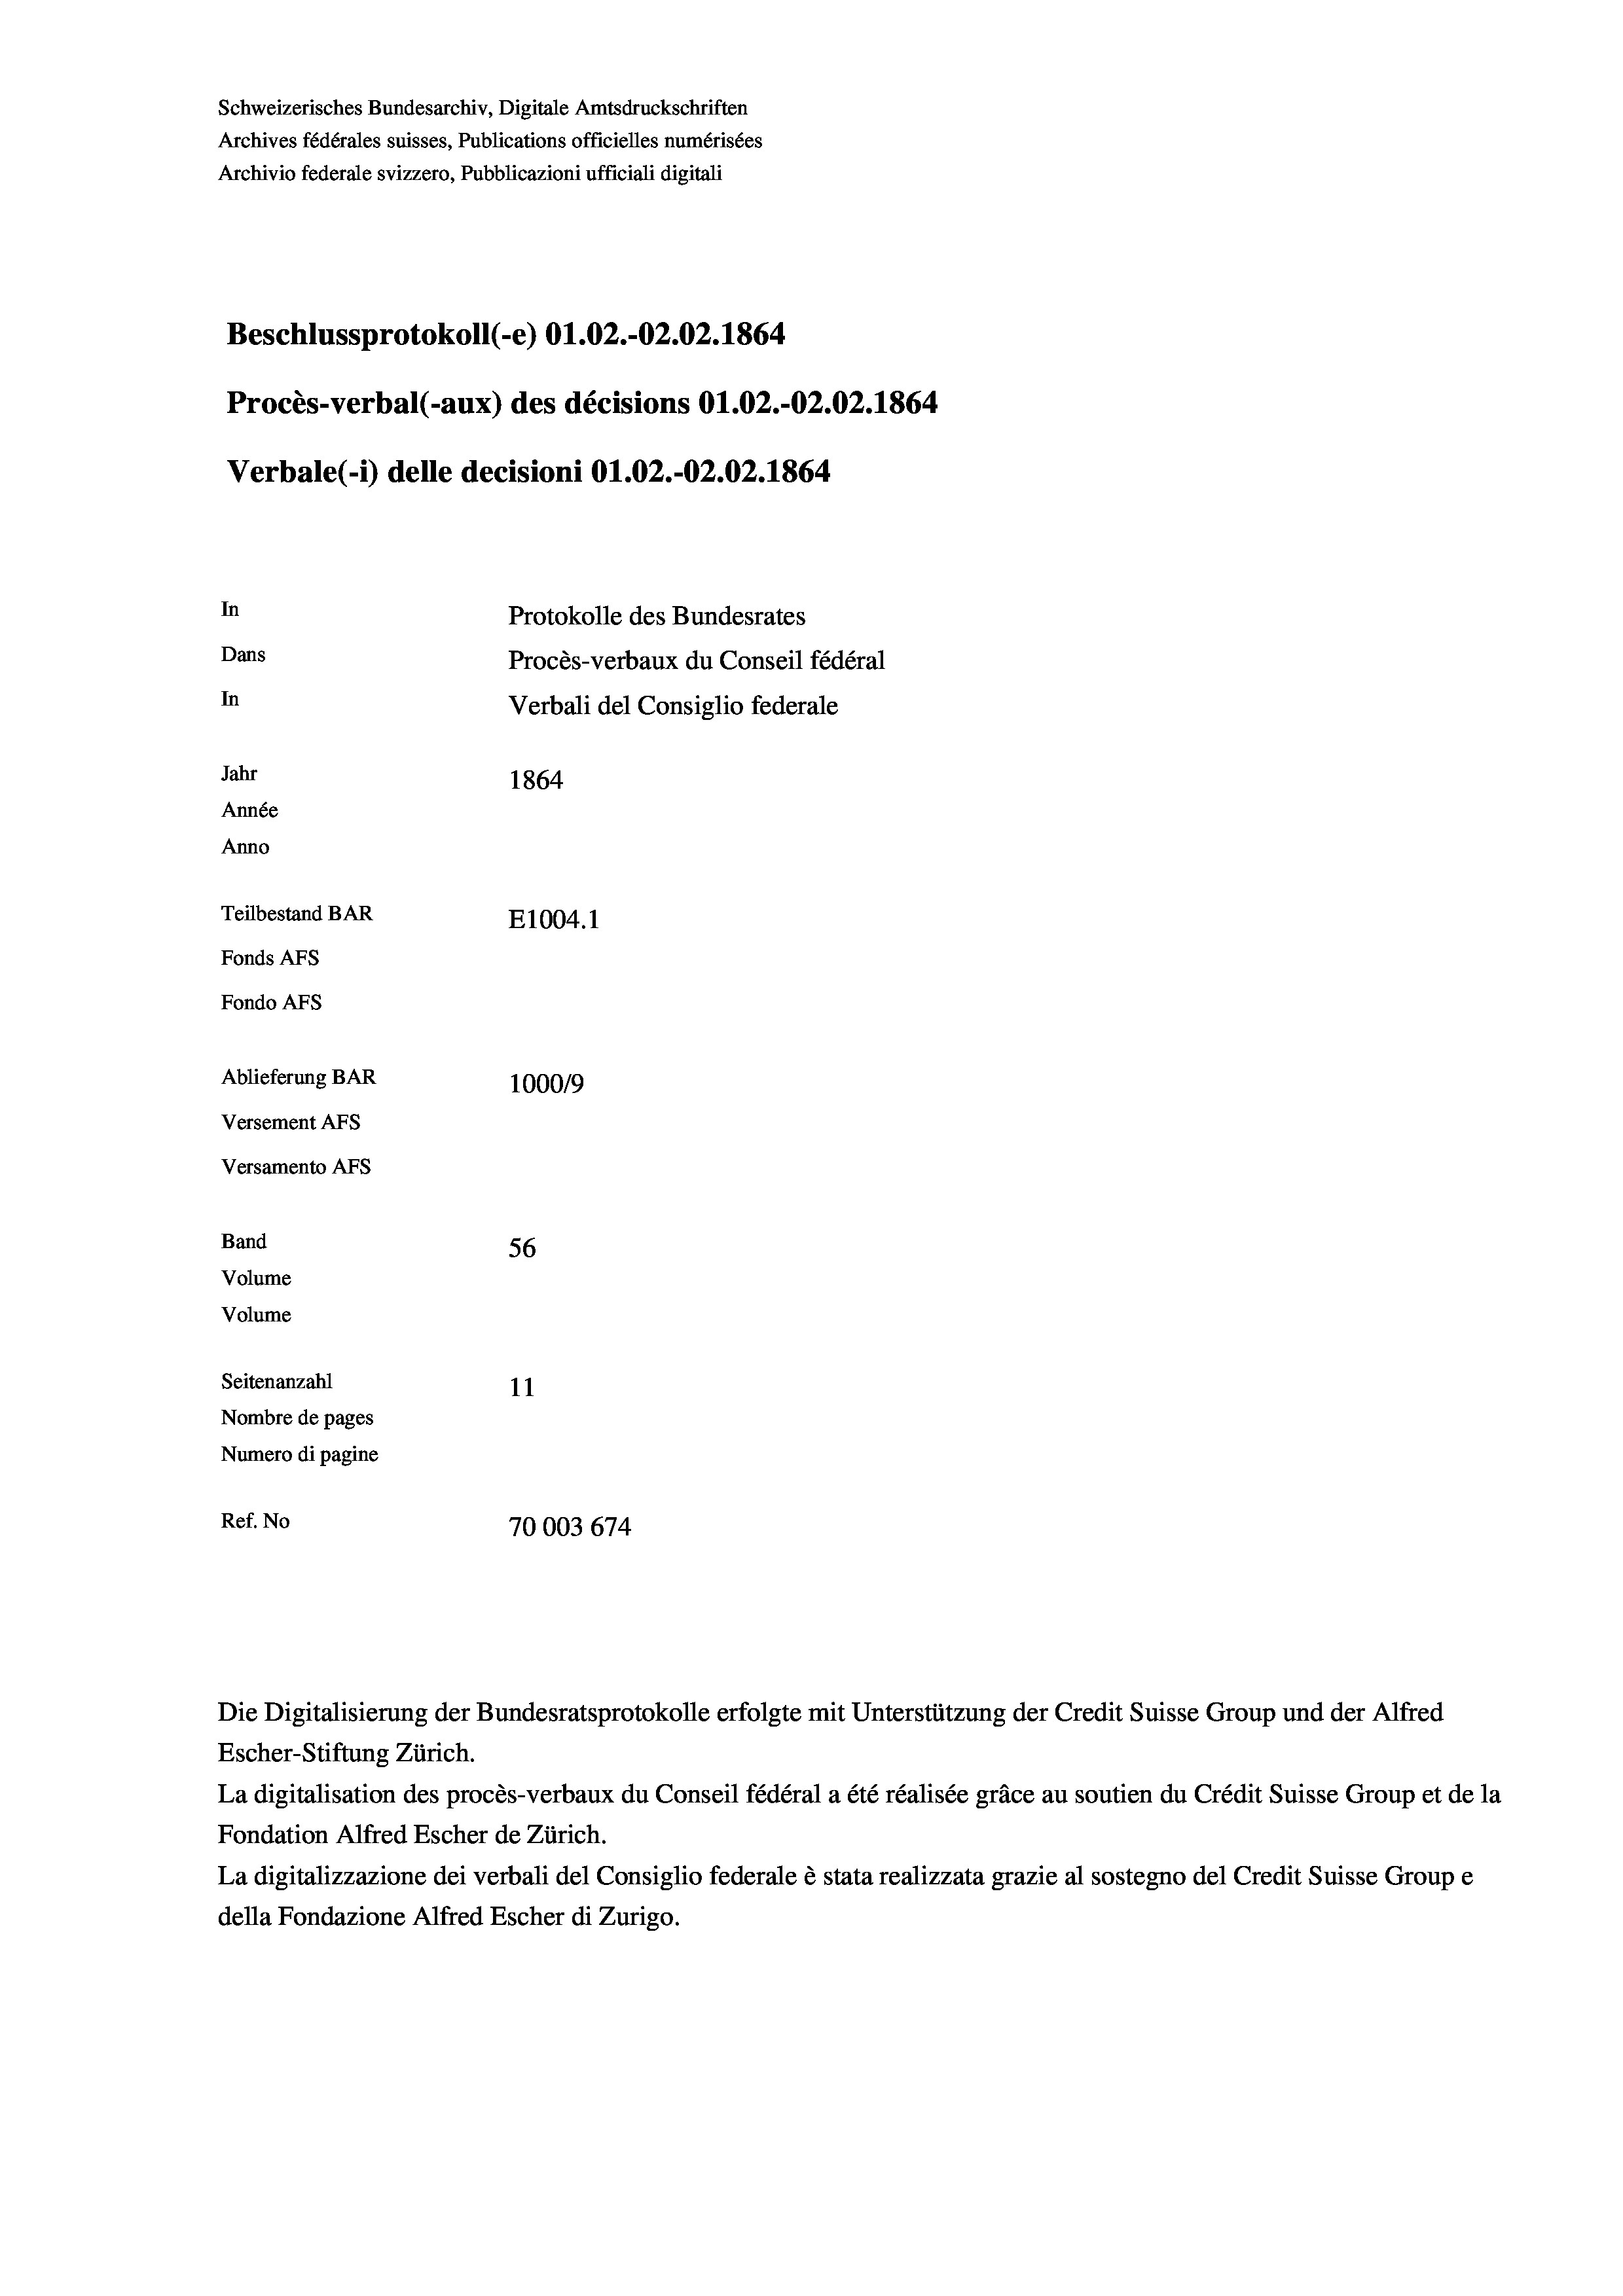
Schweizerisches Bundesarchiv, Digitale Amtsdruckschriften
Archives fédérales suisses, Publications officielles numérisées
Beschlussprotokoll (-e) O1.02.-O2.02. 1864
Procès-verbal (-aux) des décisions O1.02.-O2.02. 1864
Verbale (1) delle decisioni O1.02.-O2.02. 1864.
In
Protokolle des Bundesrates
Dans
Procès-verbaux du Conseil fédéral
In
Verbali del Consiglio federale
Jahr
1864
Année
Anno
Teilbestand BAR
E1004.1
Fonds AFs
Fondo AFS

Ablieferung BAR
Versement As
Versamento Afs
Band
Volume
Volume
Seitenanzahl

Archivio federale svizzero, Pubblicazioni ufficiali digitali

1000/9
56
11
Nombre de pages
Numero di pagine
Ref. No
70003 674

Escher-Stiftung Zürich.
La digitalisation des procès-verbaux du Conseil fédéral a été réalisée gräce au soutien du Crédit Suisse Group et de la
Fondation Alfred Escher de Zürich.
La digitalizzazione dei verbali del Consiglio federale è stata realizzata grazie al sostegno del Credit Suisse Groupe
della Fondazione Alfred Escher di Zurigo.

Die Digitalisierung der Bundesratsprotokolle erfolgte mit Unterstützung der Credit Suisse Group und der Alfred